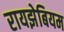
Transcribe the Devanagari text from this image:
रायझेबियम